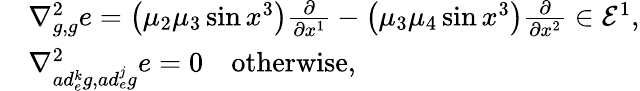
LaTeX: \begin{array}{rl}&{\nabla_{g,g}^{2}e=\left(\mu_{2}\mu_{3}\sin x^{3}\right)\frac{\partial}{\partial x^{1}}-\left(\mu_{3}\mu_{4}\sin x^{3}\right)\frac{\partial}{\partial x^{2}}\in\mathcal{E}^{1},}\\ &{\nabla_{ad_{e}^{k}g,ad_{e}^{j}g}^{2}e=0\quad\mathrm{otherwise},}\end{array}